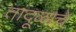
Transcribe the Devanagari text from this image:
तांदूळाचे